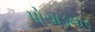
પોચાડનાર